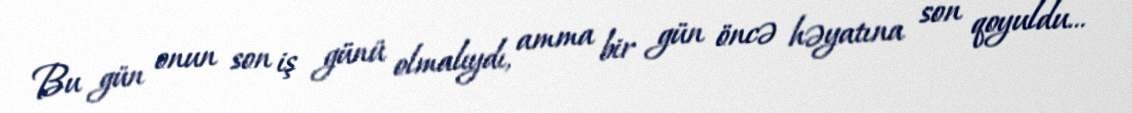
Bu gün onun son iş günü olmalıydı, amma bir gün öncə həyatına son qoyuldu...